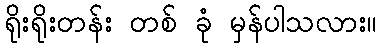
ရိုးရိုးတန်း တစ် ခုံ မှန်ပါသလား။